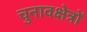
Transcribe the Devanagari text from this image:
चुनावक्षेत्रों